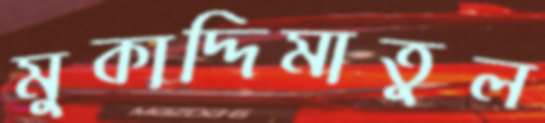
মুকাদ্দিমাতুল